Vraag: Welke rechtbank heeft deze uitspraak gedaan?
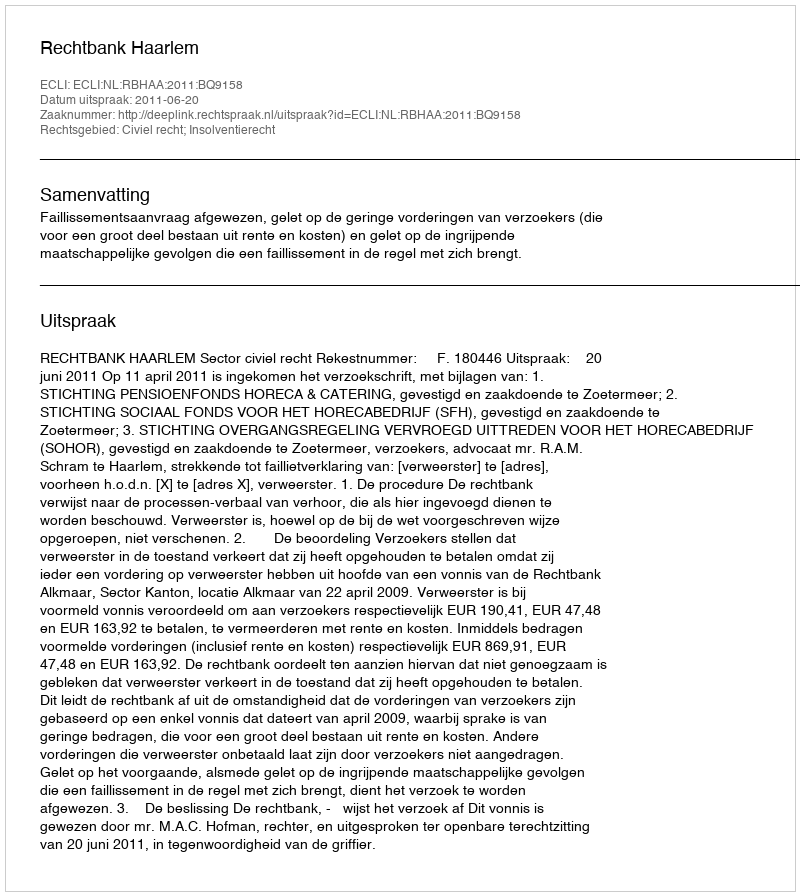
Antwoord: Rechtbank Haarlem